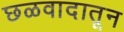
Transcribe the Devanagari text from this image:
छळवादातून